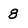
Character: 8